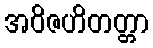
အဝိဇဟိတတ္တာ